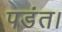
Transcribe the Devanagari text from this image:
पडंत।